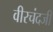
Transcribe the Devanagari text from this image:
वीरचंदजी